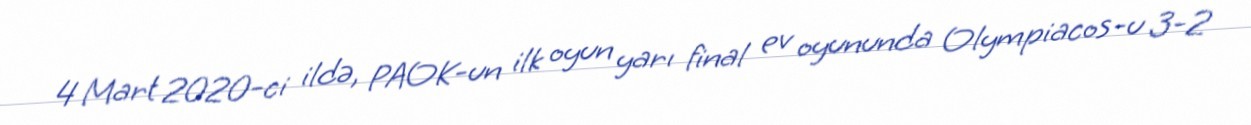
4 Mart 2020-ci ildə, PAOK-un ilk oyun yarı final ev oyununda Olympiacos-u 3-2